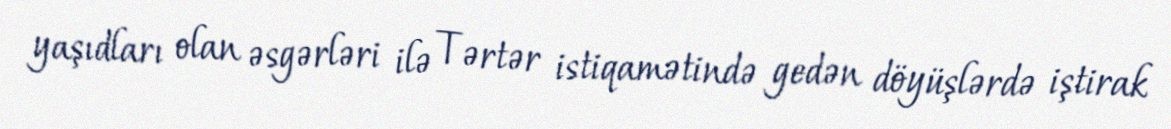
yaşıdları olan əsgərləri ilə Tərtər istiqamətində gedən döyüşlərdə iştirak